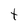
Character: t